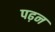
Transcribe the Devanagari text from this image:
पढ़न